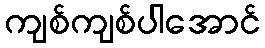
ကျစ်ကျစ်ပါအောင်